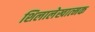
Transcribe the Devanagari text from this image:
शिलालेखात्‍मक